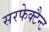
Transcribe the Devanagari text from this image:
सरफेक्टैन्ट